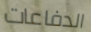
الدفاعات